Annual report on the working of the lock hospitals in the North-Western Provinces and Oudh
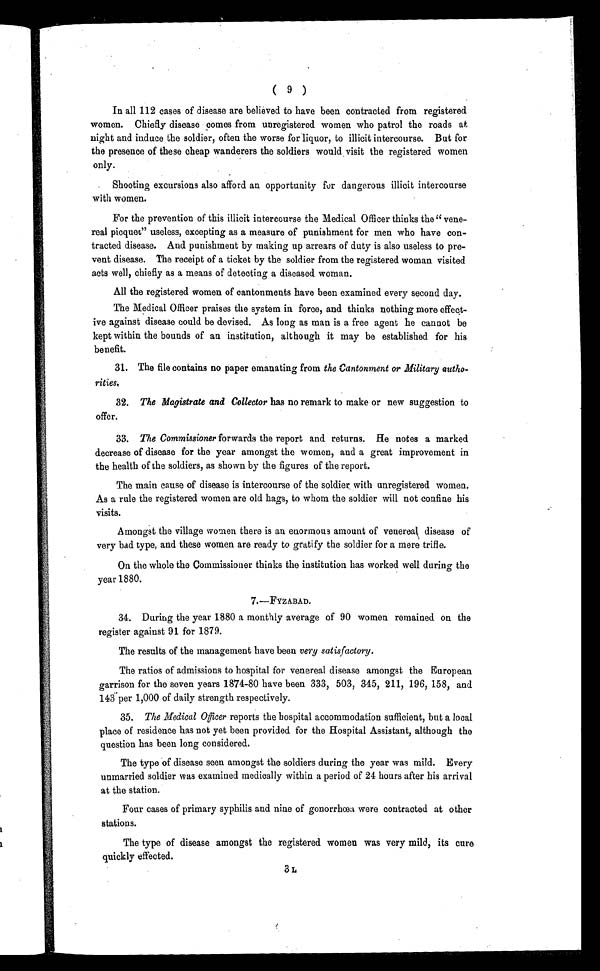
( 9 )
In all 112 cases of disease are believed to have been contracted from registered
women. Chiefly disease comes from unregistered women who patrol the roads at
night and induce the soldier, often the worse for liquor, to illicit intercourse. But for
the presence of these cheap wanderers the soldiers would visit the registered women
only.
Shooting excursions also afford an opportunity for dangerous illicit intercourse
with women.
For the prevention of this illicit intercourse the Medical Officer thinks the " vene-
real picquet" useless, excepting as a measure of punishment for men who have con-
tracted disease. And punishment by making up arrears of duty is also useless to pre-
vent disease. The receipt of a ticket by the soldier from the registered woman visited
acts well, chiefly as a means of detecting a diseased woman.
All the registered women of cantonments have been examined every second day.
The Medical Officer praises the system in force, and thinks nothing more effect-
ive against disease could be devised. As long as man is a free agent he cannot be
kept within the bounds of an institution, although it may be established for his
benefit.
31. The file contains no paper emanating from the Cantonment or Military autho-
rities.
32.
The Magistrate and Collector has no remark to make or new suggestion to
offer.
33.
The Commissioner forwards the report and returns. He notes a marked
decrease of disease for the year amongst the women, and a great improvement in
the health of the soldiers, as shown by the figures of the report.
The main cause of disease is intercourse of the soldier with unregistered women.
As a rule the registered women are old hags, to whom the soldier will not confine his
visits.
Amongst the village women there is an enormous amount of venereal disease of
very bad type, and these women are ready to gratify the soldier for a mere trifle.
On the whole the Commissioner thinks the institution has worked well during the
year 1880.
7.—FYZABAD.
3 4 . Dur i ng t he y e a r 1 8 8 0 a mo nt hl y a v e r a g e o f 9 0 wo me n r e ma i ne d o n t he
register against 91 for 1879.
The results of the management have been very satisfactory.
The ratios of admissions to hospital for venereal disease amongst the European
garrison for the seven years 1874-80 have been 333, 503, 345, 211, 196, 158, and
143 per 1,000 of daily strength respectively.
1.
The Medical Officer reports the hospital accommodation sufficient, but a local
place of residence has not yet been provided for the Hospital Assistant, although the
question has been long considered.
The type of disease seen amongst the soldiers during the year was mild. Every
unmarried soldier was examined medically within a period of 24 hours after his arrival
at the station.
Four cases of primary syphilis and nine of gonorrhœa were contracted at other
stations.
The type of disease amongst the registered women was very mild, its cure
quickly effected.
3L